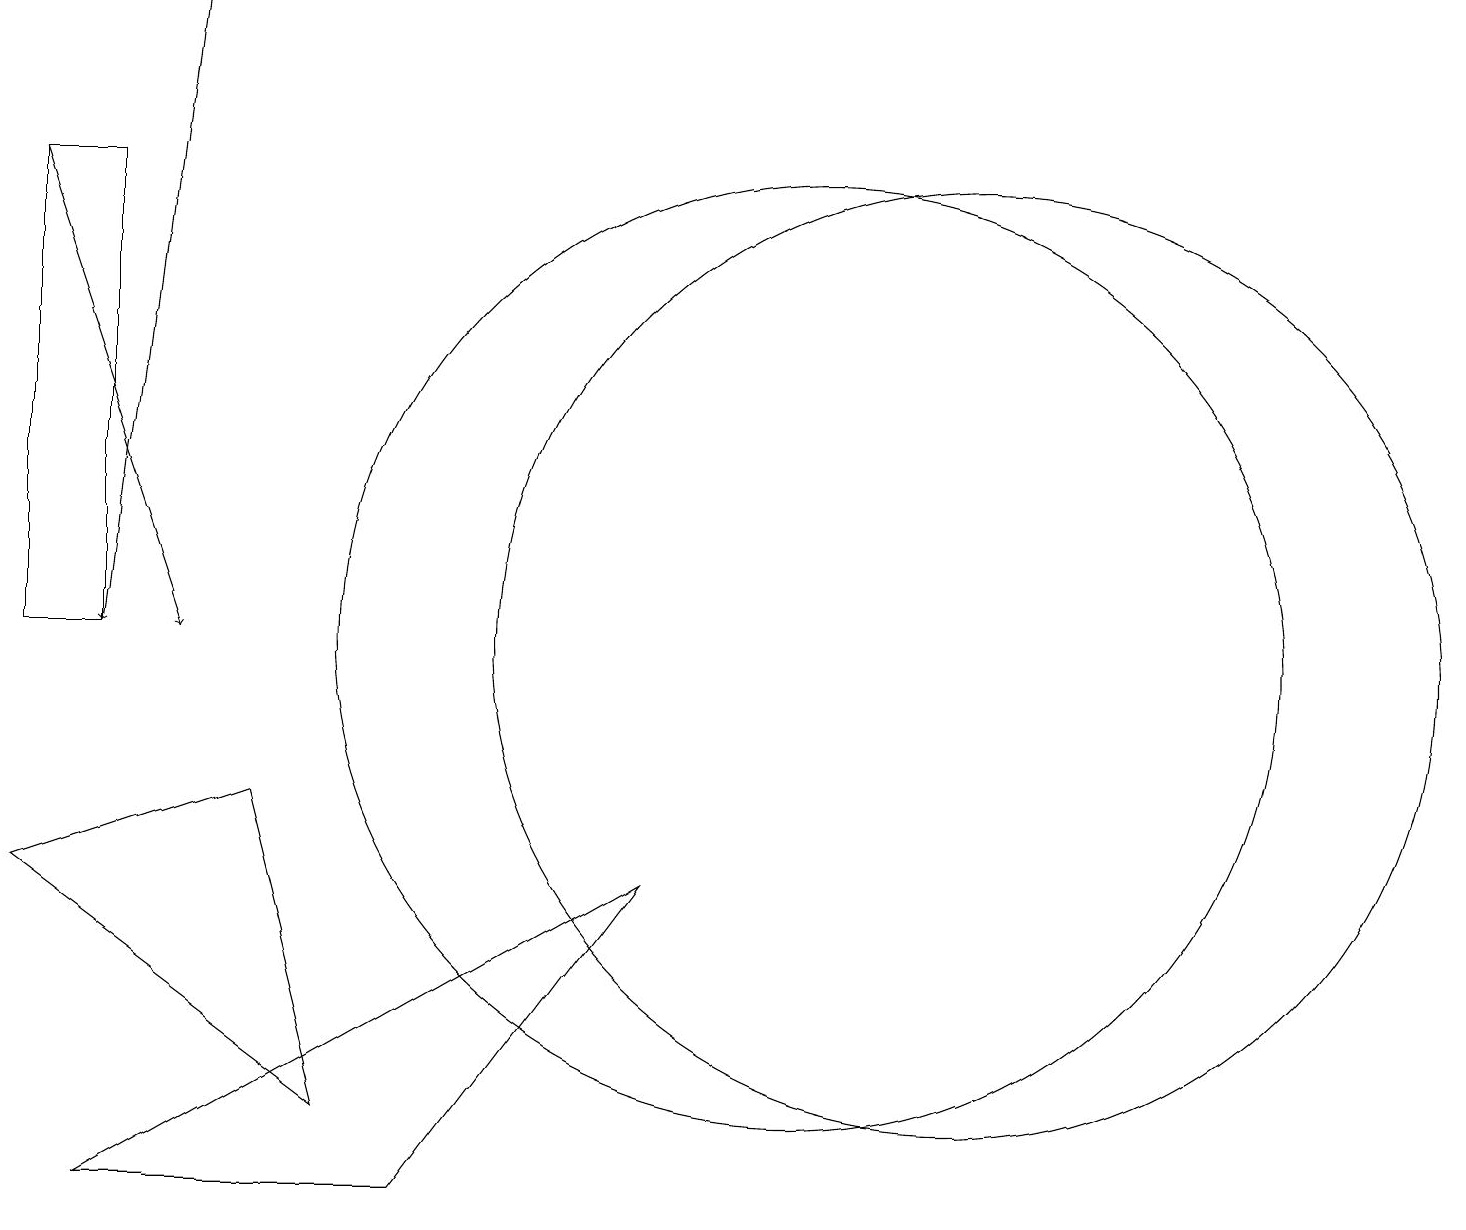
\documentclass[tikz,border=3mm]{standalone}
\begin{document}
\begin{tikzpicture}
\draw (12,10) circle (6);
\draw[->] (0,16) -- (2,10);
\draw[->] (2,18) -- (1,10);
\draw (1,10) rectangle (0,16);
\draw (8,7) -- (5,3) -- (1,3) -- cycle;
\draw (4,4) -- (0,7) -- (3,8) -- cycle;
\draw (10,10) circle (6);
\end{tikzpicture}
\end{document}